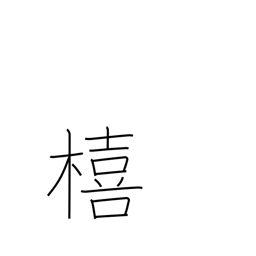
Meaning: Japanese storax